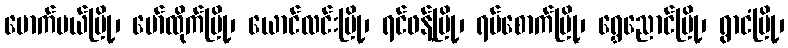
မောက်မယ်မြို့၊ မော်ထိုက်မြို့၊ ယောင်လင်းမြို့၊ ရင်ဖန့်မြို့၊ ရပ်စောက်မြို့၊ ရွှေညောင်မြို့၊ ရွာငံမြို့၊